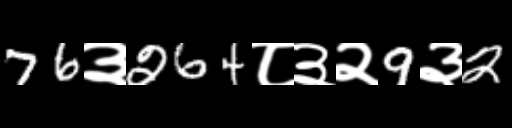
Text: 76३264८३२9३2